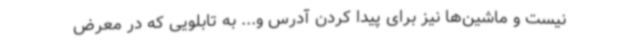
نیست و ماشین‌ها نیز برای پیدا کردن آدرس و... به تابلویی که در معرض